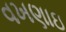
વખણાઇ